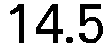
14.5